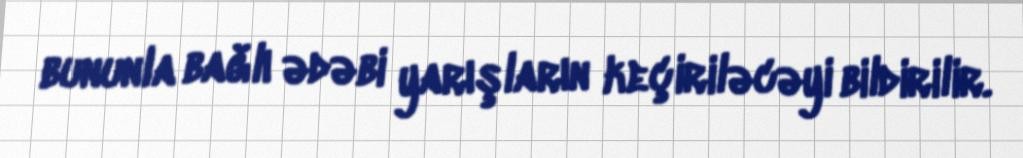
bununla bağlı ədəbi yarışların keçiriləcəyi bildirilir.